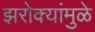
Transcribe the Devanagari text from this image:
झरोक्यांमुळे